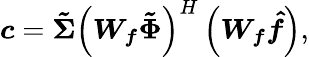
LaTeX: \boldsymbol{c}=\boldsymbol{\tilde{\Sigma}}\left(\boldsymbol{W_{f}}\boldsymbol{\tilde{\Phi}}\right)^{H}\left(\boldsymbol{W_{f}}\boldsymbol{\hat{f}}\right),